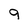
Character: g